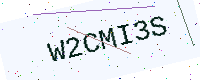
Text: W2CMI3S